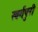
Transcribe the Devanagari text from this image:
स्वर्गपुरी